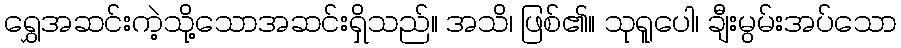
ရွှေအဆင်းကဲ့သို့သောအဆင်းရှိသည်။ အသိ၊ ဖြစ်၏။ သုရူပေါ၊ ချီးမွမ်းအပ်သော